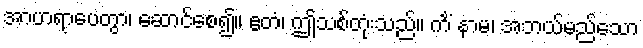
အာဟရာပေတွာ၊ ဆောင်စေ၍။ ဧတံ၊ ဤသစ်တုံးသည်။ ကိံ နာမ၊ အဘယ်မည်သော